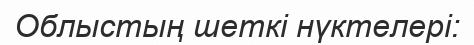
Облыстың шеткі нүктелері: